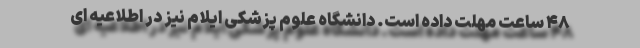
۴۸ ساعت مهلت داده است. دانشگاه علوم پزشکی ایلام نیز در اطلاعیه ای